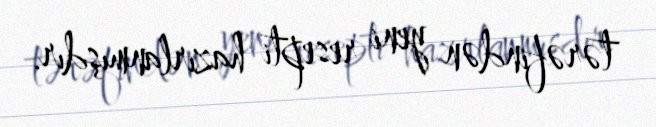
tərəfindən yeni resepti hazırlanmışdır.